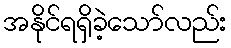
အနိုင်ရရှိခဲ့သော်လည်း